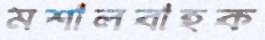
মশালবাহক